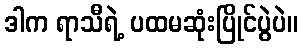
ဒါက ရာသီရဲ့ ပထမဆုံးပြိုင်ပွဲပဲ။